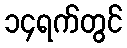
၁၄ရက်တွင်